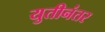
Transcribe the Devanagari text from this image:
युतीनंतर